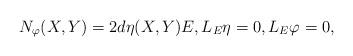
LaTeX: \begin{align*}N_{\varphi}(X,Y)=2d\eta(X,Y)E, L_E\eta=0,L_E\varphi=0,\end{align*}